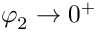
\varphi _ { 2 } \rightarrow 0 ^ { + }